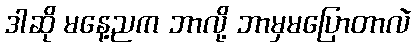
ဒါဆို မနေ့ညက ဘာလို့ ဘာမှမပြောတာလဲ